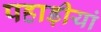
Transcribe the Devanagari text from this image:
पहाड़ीयां